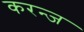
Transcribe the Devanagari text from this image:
करन्‍ज